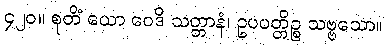
၄၂၀။ စုတိံ ယော ဝေဒိ သတ္တာနံ၊ ဥပပတ္တိဉ္စ သဗ္ဗသော။